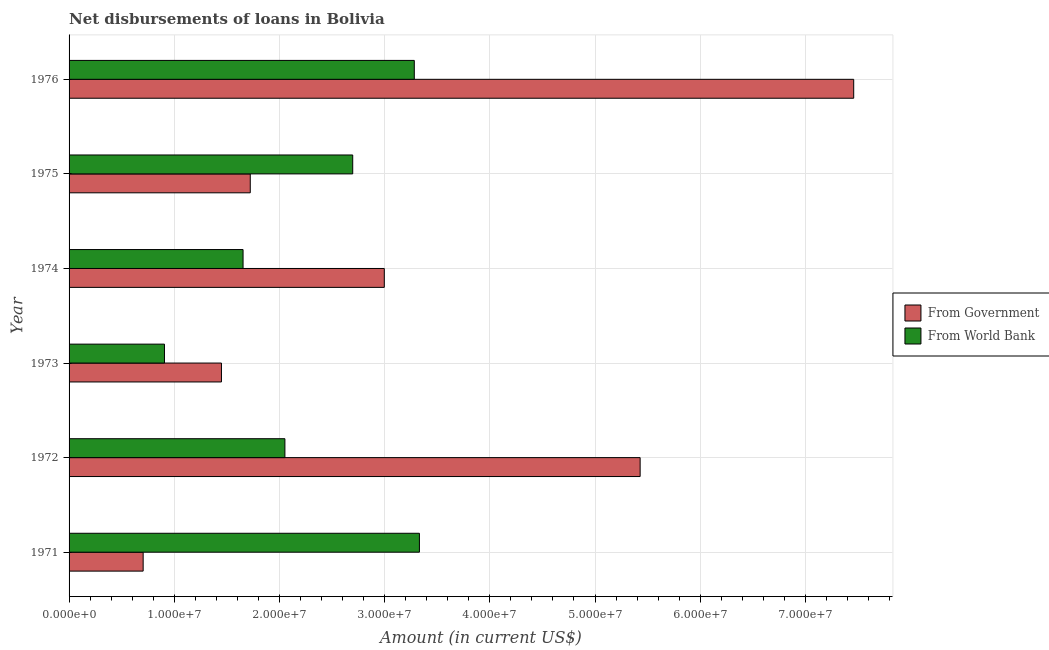
| Year | From Government | From World Bank |
 | --- | --- | --- |
 | 1971 | 7.04e+06 | 3.33e+07 |
 | 1972 | 5.43e+07 | 2.05e+07 |
 | 1973 | 1.45e+07 | 9.07e+06 |
 | 1974 | 3e+07 | 1.65e+07 |
 | 1975 | 1.72e+07 | 2.7e+07 |
 | 1976 | 7.46e+07 | 3.28e+07 |